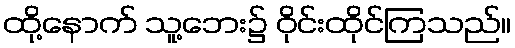
ထို့နောက် သူ့ဘေး၌ ဝိုင်းထိုင်ကြသည်။